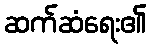
ဆက်ဆံရေး၏